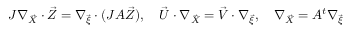
J \nabla _ { \vec { X } } \cdot \vec { Z } = \nabla _ { \vec { \xi } } \cdot ( J A \vec { Z } ) , \quad \vec { U } \cdot \nabla _ { \vec { X } } = \vec { V } \cdot \nabla _ { \vec { \xi } } , \quad \nabla _ { \vec { X } } = A ^ { t } \nabla _ { \vec { \xi } }